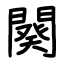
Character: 闋